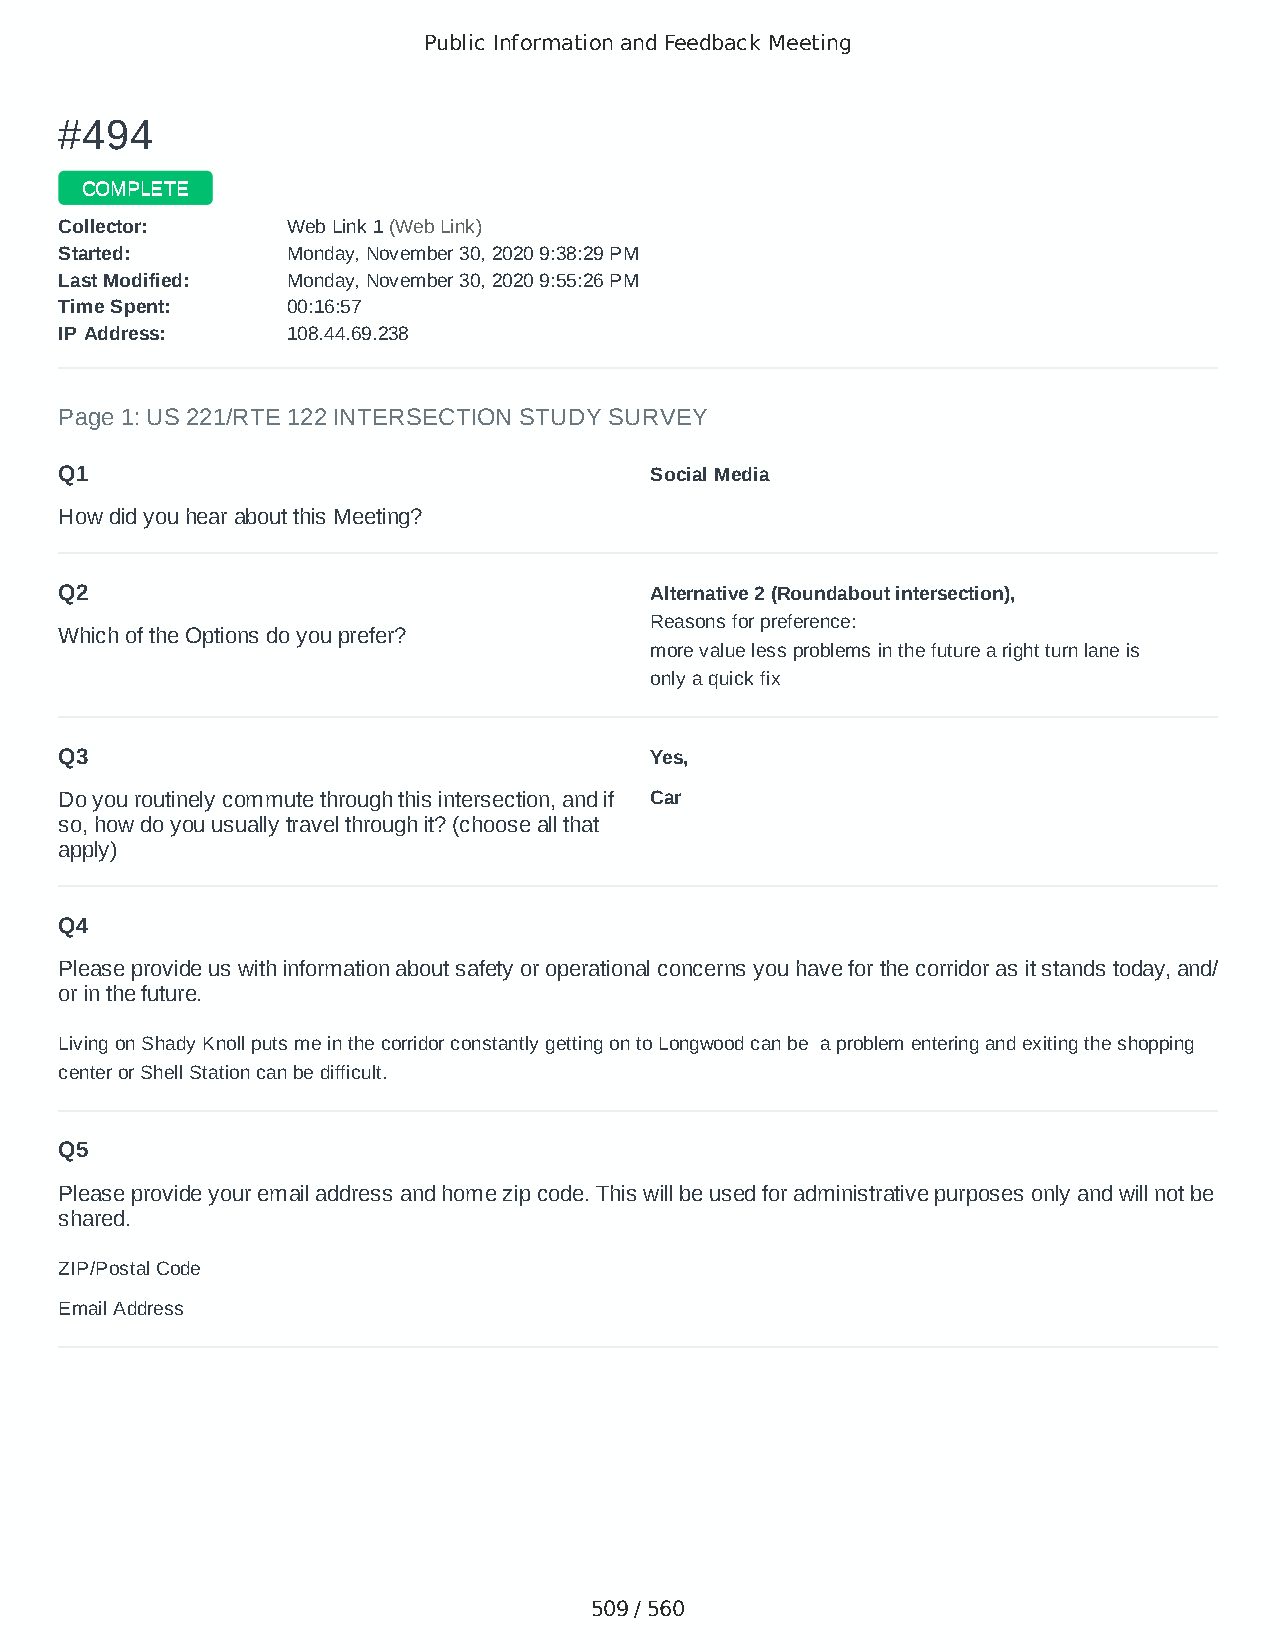
Public Information and Feedback Meeting
 ##449944
 CCOOMMPPLLEETTEE
 CCoolllleeccttoorr:: WWeebb LLiinnkk 11 ((WWeebb LLiinnkk))
 SSttaarrtteedd:: MMoonnddaayy,, NNoovveemmbbeerr 3300,, 22002200 99::3388::2299 PPMM
 LLaasstt MMooddiiffiieedd:: MMoonnddaayy,, NNoovveemmbbeerr 3300,, 22002200 99::5555::2266 PPMM
 TTiimmee SSppeenntt:: 0000::1166::5577
 IIPP AAddddrreessss:: 110088..4444..6699..223388
 Page 1: US 221/RTE 122 INTERSECTION STUDY SURVEY
 Q1                                     Social Media
 How did you hear about this Meeting?
 Q2                                     Alternative 2 (Roundabout intersection),
 Reasons for preference:
 Which of the Options do you prefer?
 more value less problems in the future a right turn lane is
 only a quick fix
 Q3                                     Yes,
 Do you routinely commute through this intersection, and if Car
 so, how do you usually travel through it? (choose all that
 apply)
 Q4
 Please provide us with information about safety or operational concerns you have for the corridor as it stands today, and/
 or in the future.
 Living on Shady Knoll puts me in the corridor constantly getting on to Longwood can be a problem entering and exiting the shopping
 center or Shell Station can be difficult.
 Q5
 Please provide your email address and home zip code. This will be used for administrative purposes only and will not be
 shared.
 ZIP/Postal Code                        24523
 Email Address                          marcia,healy@yahoo,com
 509 / 560